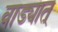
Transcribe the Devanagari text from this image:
वाड्यात्